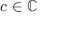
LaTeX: c \in \mathbb { C }